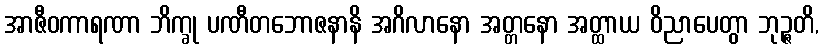
အာဇီဝကာရဏာ ဘိက္ခု ပဏီတဘောဇနာနိ အဂိလာနော အတ္တနော အတ္ထာယ ဝိညာပေတွာ ဘုဉ္ဇတိ,